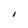
Character: I